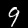
Label: 9